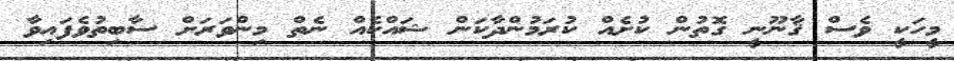
މީހަކީ ވެސް ޤާނޫނީ ގޮތުން ކުށެއް ކުރަމުންދާކަން ޝައްކެއް ނެތް މިންވަރަށް ސާބިތުވެފައިވާ